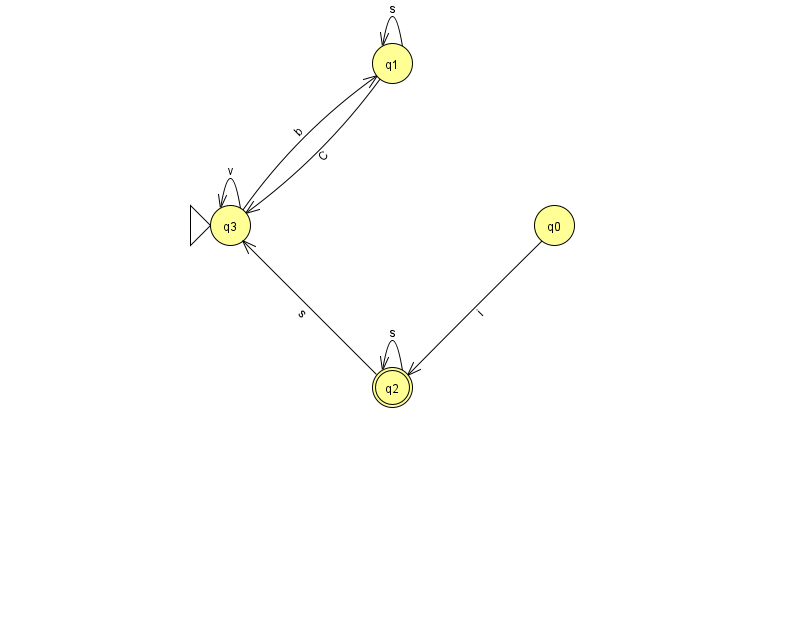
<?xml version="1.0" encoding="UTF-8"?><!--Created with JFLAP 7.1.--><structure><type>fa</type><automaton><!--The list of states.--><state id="0" name="q0"><x>554.0</x><y>212.0</y></state><state id="1" name="q1"><x>392.0</x><y>50.0</y></state><state id="2" name="q2"><x>392.0</x><y>374.0</y><final/></state><state id="3" name="q3"><x>230.0</x><y>212.0</y><initial/></state><!--The list of transitions.--><transition><from>1</from><to>1</to><read>s</read></transition><transition><from>2</from><to>2</to><read>s</read></transition><transition><from>3</from><to>3</to><read>v</read></transition><transition><from>0</from><to>2</to><read>i</read></transition><transition><from>2</from><to>3</to><read>s</read></transition><transition><from>1</from><to>3</to><read>C</read></transition><transition><from>3</from><to>1</to><read>b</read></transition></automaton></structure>